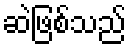
ဆဲဖြစ်သည်